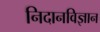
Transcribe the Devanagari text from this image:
निदानविज्ञान